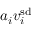
a _ { i } v _ { i } ^ { \mathrm { s d } }